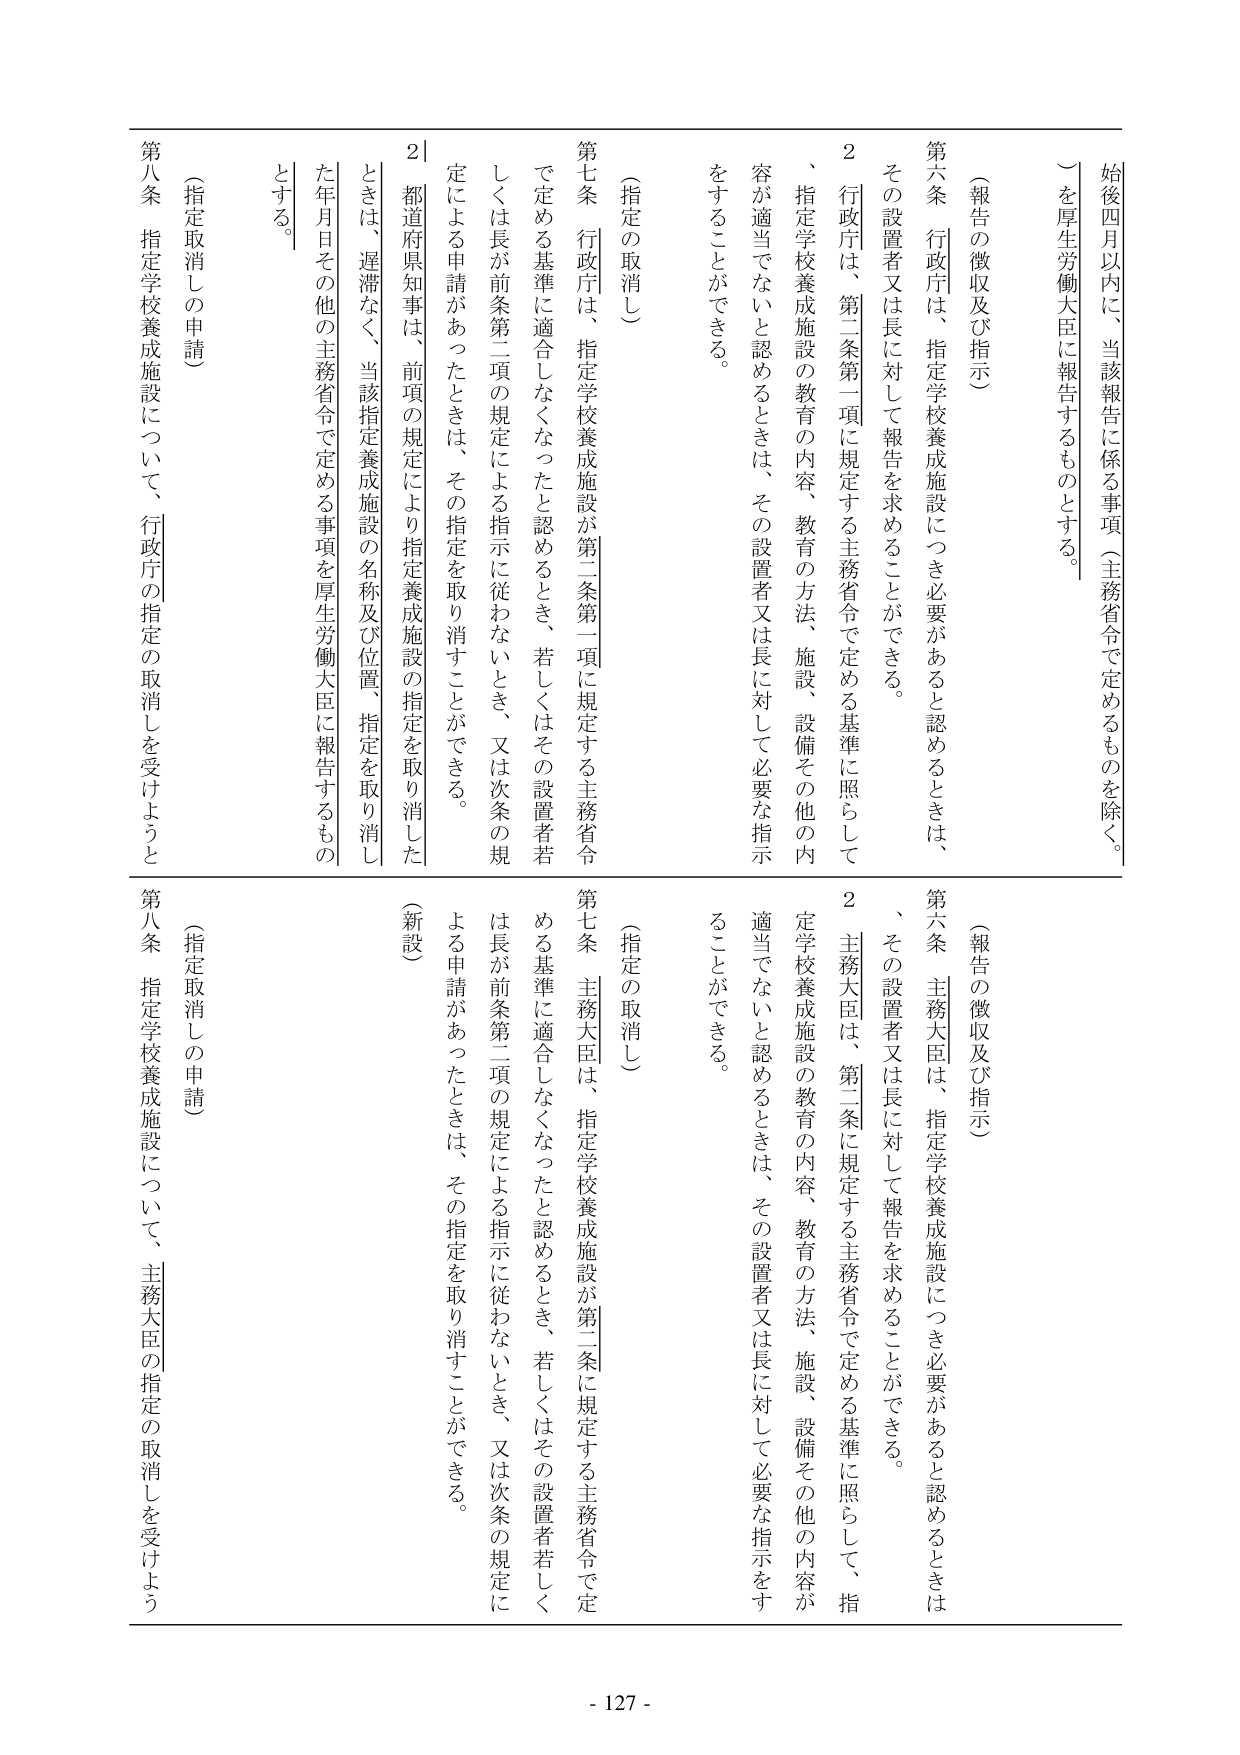
始後四月以内に、当該報告に係る事項（主務省令で定めるものを除く。
）を厚生労働大臣に報告するものとする。

（報告の徴収及び指示）

第六条 行政庁は、指定学校養成施設につき必要があると認めるときは、
その設置者又は長に対して報告を求めることができる。

２ 行政庁は、第二条第一項に規定する主務省令で定める基準に照らして
、指定学校養成施設の教育の内容、教育の方法、施設、設備その他の内
容が適当でないと認めるときは、その設置者又は長に対して必要な指示
をすることができる。

（指定の取消し）

第七条 行政庁は、指定学校養成施設が第二条第一項に規定する主務省令
で定める基準に適合しなくなったと認めるとき、若しくはその設置者若
しくは長が前条第二項の規定による指示に従わないとき、又は次条の規
定による申請があったときは、その指定を取り消すことができる。

２ 都道府県知事は、前項の規定により指定養成施設の指定を取り消した
ときは、遅滞なく、当該指定養成施設の名称及び位置、指定を取り消し
た年月日その他の主務省令で定める事項を厚生労働大臣に報告するもの
とする。

第八条 指定学校養成施設について、行政庁の指定の取消しを受けようと

（報告の徴収及び指示）

第六条 主務大臣は、指定学校養成施設につき必要があると認めるときは
、その設置者又は長に対して報告を求めることができる。

２ 主務大臣は、第二条に規定する主務省令で定める基準に照らして、指
定学校養成施設の教育の内容、教育の方法、施設、設備その他の内容が
適当でないと認めるときは、その設置者又は長に対して必要な指示をす
ることができる。

（指定の取消し）

第七条 主務大臣は、指定学校養成施設が第二条に規定する主務省令で定
める基準に適合しなくなったと認めるとき、若しくはその設置者若しく
は長が前条第二項の規定による指示に従わないとき、又は次条の規定に
よる申請があったときは、その指定を取り消すことができる。

（新設）

第八条 指定学校養成施設について、主務大臣の指定の取消しを受けよう

- 127 -